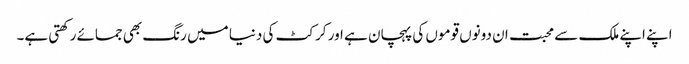
اپنے اپنے ملک سے محبت ان دونوں قوموں کی پہچان ہے اور کرکٹ کی دنیا میں رنگ بھی جمائے رکھتی ہے۔